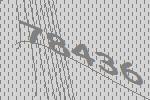
78436